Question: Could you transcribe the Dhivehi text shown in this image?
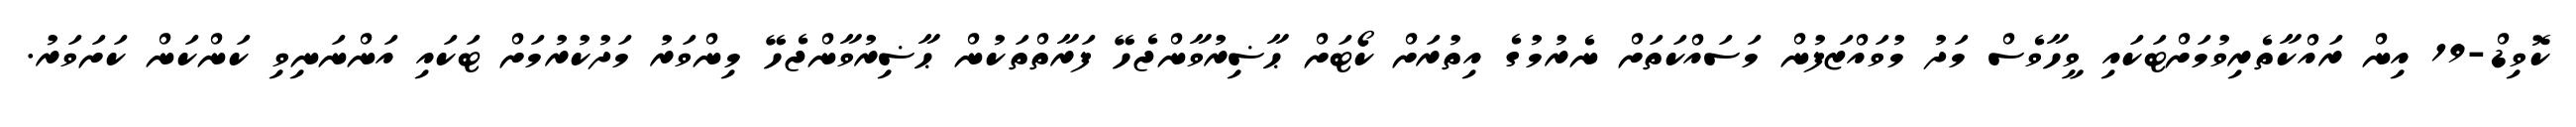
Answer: ކޮވިޑް-19 އިން ރައްކާތެރިވުމަށްޓަކައި ވީހާވެސް މަދު މުވައްޒަފުން މަސައްކަތަށް ނެރުމުގެ އިތުރަށް ކޯޓަށް ޙާޟިރުވާންޖެހޭ ފަރާތްތަކުން ޙާޟިރުވާންޖެހޭ މިންވަރު މަދުކުރުމަށް ޓަކައި އަންނަނިވި ކަންކަން ކަށަވަރު.